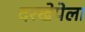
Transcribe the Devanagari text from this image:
दरखेपेला